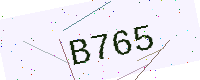
Text: B765